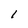
Character: I